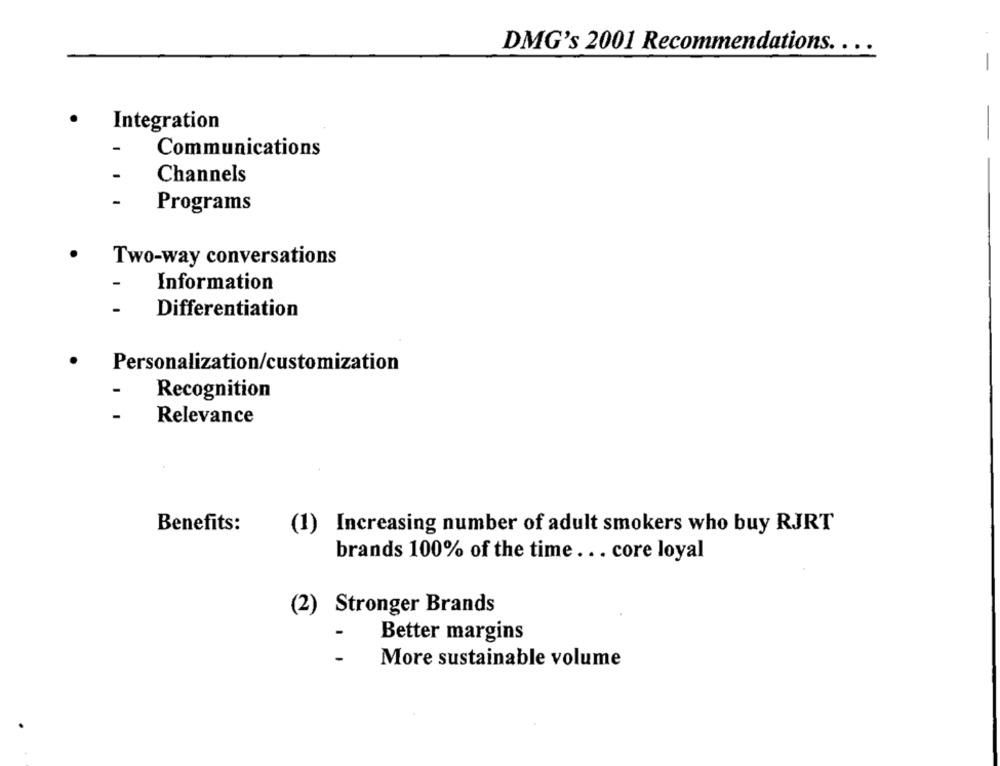
DMG's 2001 Recommendations. . ..
Integration
Communications
Channels
-
Programs
Two-way conversations
Information
Differentiation
Personalization/customization
Recognition
Relevance
Benefits:
Increasing number of adult smokers who buy RJRT
(1)
brands 100% of the time ... core loyal
(2) Stronger Brands
Better margins
-
More sustainable volume